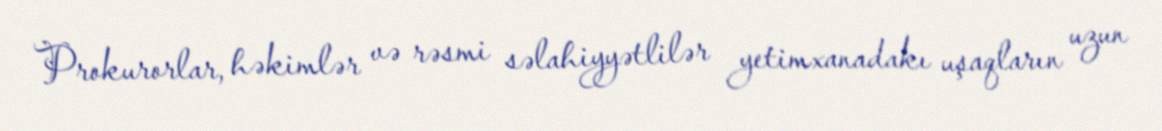
Prokurorlar, həkimlər və rəsmi səlahiyyətlilər yetimxanadakı uşaqların uzun